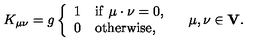
K _ { \mu \nu } = g \left\{ \begin{array} { l l } { 1 } & { \mathrm { i f } \ \mu \cdot \nu = 0 , } \\ { 0 } & { \mathrm { o t h e r w i s e } , } \\ \end{array} \right. \quad \mu , \nu \in { \bf V } .